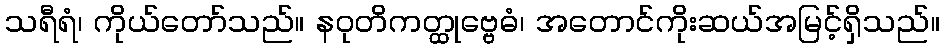
သရီရံ၊ ကိုယ်တော်သည်။ နဝုတိကတ္ထုဗ္ဗေဓံ၊ အတောင်ကိုးဆယ်အမြင့်ရှိသည်။